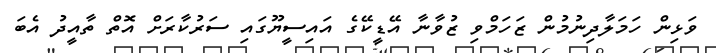
ވަޅިން ހަމަލާދިނުމުން ޒަހަމްވި ޒުވާނާ އޭޑީކޭގެ އައިސީޔޫގައި ސަރުކާރަށް އޮތް ތާއީދު އެބަ